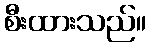
စီးထားသည်။